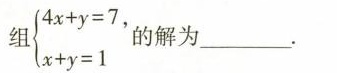
组 $$\left \ { \begin{matrix } 4 x + y = 7 \\ x + y = 1 \\ \end{matrix} \right$$. 的解为___。